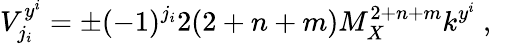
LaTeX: V_{j_{i}}^{y^{i}}=\pm(-1)^{j_{i}}2(2+n+m)M_{X}^{2+n+m}k^{y^{i}}~,~\,